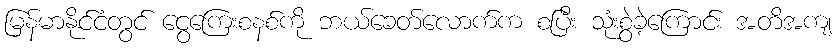
မြန်မာနိုင်ငံတွင် ငွေကြေးစနစ်ကို ဘယ်ခေတ်လောက်က စပြီး သုံးစွဲခဲ့ကြောင်း အတိအကျ